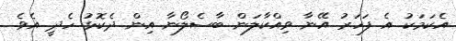
އެކަމަކު އެ ފަހަރު އޭނާ ވިއްކާލަން ބާސެލޯނާ އިން ދެކޮޅު ހެދީ އެވެ.